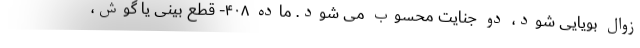
زوال بویایی شود، دو جنایت محسوب می شود. ماده ۴۰۸- قطع بینی یا گوش،